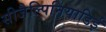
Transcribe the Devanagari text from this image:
सीजैल्पिनियाडिई